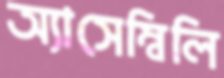
অ্যাসেম্বিলি